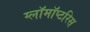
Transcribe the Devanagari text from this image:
ग्लॉमॉप्टरिस